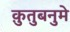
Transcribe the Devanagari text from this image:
क़ुतुबनुमे